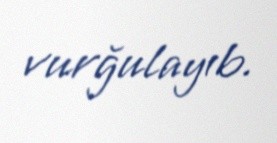
vurğulayıb.